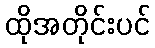
ထိုအတိုင်းပင်